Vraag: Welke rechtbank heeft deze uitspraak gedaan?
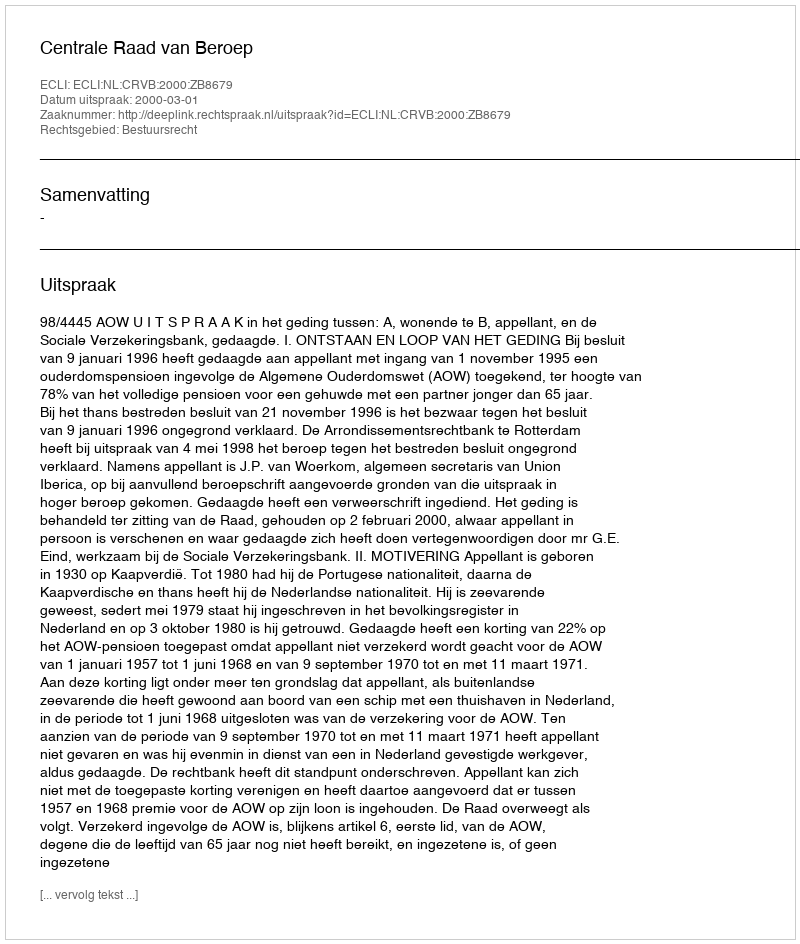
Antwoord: Centrale Raad van Beroep